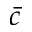
\bar { c }